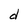
Character: d